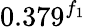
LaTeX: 0.379^{f_{1}}